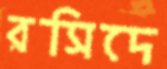
রসিদে